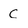
Character: C